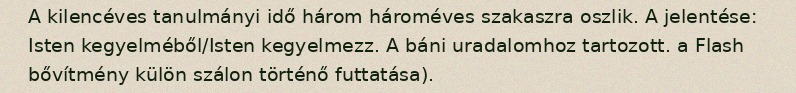
A kilencéves tanulmányi idő három hároméves szakaszra oszlik. A jelentése: Isten kegyelméből/Isten kegyelmezz. A báni uradalomhoz tartozott. a Flash bővítmény külön szálon történő futtatása).